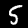
Digit: 5